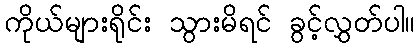
ကိုယ်များရိုင်း သွားမိရင် ခွင့်လွှတ်ပါ။